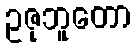
ဥဇုဘူတော